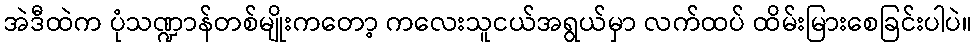
အဲဒီထဲက ပုံသဏ္ဍာန်တစ်မျိုးကတော့ ကလေးသူငယ်အရွယ်မှာ လက်ထပ် ထိမ်းမြားစေခြင်းပါပဲ။